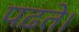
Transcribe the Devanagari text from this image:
पढ़ते।